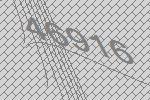
46916